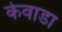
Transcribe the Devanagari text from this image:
केवाडा